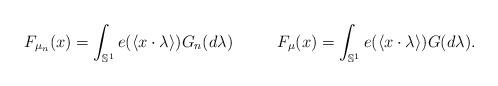
LaTeX: \begin{align*}&F_{\mu_n}(x)= \int_{\mathbb{S}^1}e(\langle x\cdot\lambda\rangle)G_n(d\lambda) &F_{\mu}(x)= \int_{\mathbb{S}^1}e(\langle x\cdot\lambda\rangle)G(d\lambda). \end{align*}